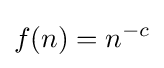
f(n)=n^{-c}